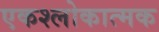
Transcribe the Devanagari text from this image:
एकश्लोकात्मक